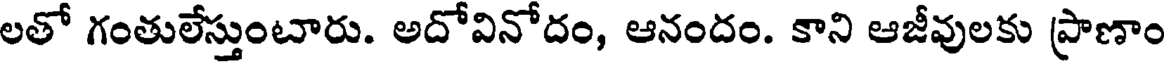
లతో గంతులేస్తుంటారు. అదోవినోదం, ఆనందం. కాని ఆజీవులకు ప్రాణాం